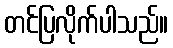
တင်ပြလိုက်ပါသည်။